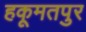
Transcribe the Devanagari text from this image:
हकूमतपुर